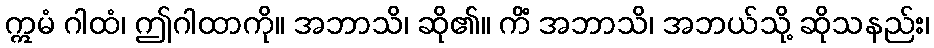
ဣမံ ဂါထံ၊ ဤဂါထာကို။ အဘာသိ၊ ဆို၏။ ကိံ အဘာသိ၊ အဘယ်သို့ ဆိုသနည်း၊